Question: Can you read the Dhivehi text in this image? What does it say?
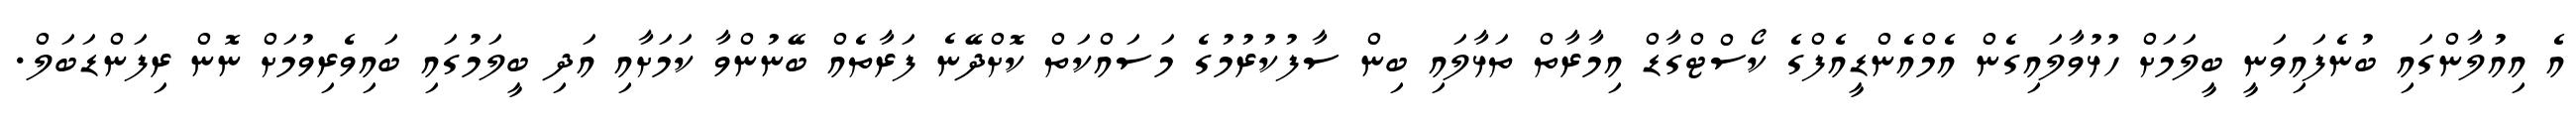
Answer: އެ އިއުލާންގައި ބުނެފައިވަނީ ބީލަމަށް ހުޅުވާލައިގެން އެމްއެންޑީއެފްގެ ކޯސްޓްގާޑް އިމާރާތް ތަޅާލައި ބިން ސާފުކުރުމުގެ މަސައްކަތް ކޮށްދޭނެ ފަރާތެއް ބޭނުންވާ ކަމަށާއި އަދި ބީލަމުގައި ބައިވެރިވުމަށް ނޮން ރިފަންޑަބަލް.